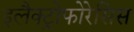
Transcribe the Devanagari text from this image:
इलैक्ट्रोफोरेसिस